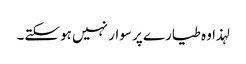
لہذا وہ طیارے پر سوار نہیں ہوسکتے۔